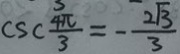
C S C \frac { 4 \pi } { 3 } = - \frac { 2 \sqrt { 3 } } { 3 }